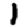
Digit: 1